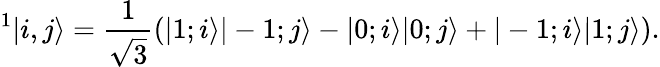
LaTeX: ^1|i,j\rangle=\frac{1}{\sqrt{3}}\left(|1;i\rangle|-1;j\rangle-|0;i\rangle|0;j\rangle+|-1;i\rangle|1;j\rangle\right).